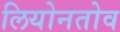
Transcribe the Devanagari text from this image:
लियोनतोव